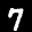
Label: 7